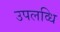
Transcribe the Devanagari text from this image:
उपलव्धि